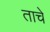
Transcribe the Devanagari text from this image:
ताचे